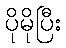
ပိုမိုပြီး